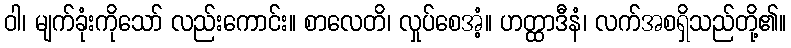
ဝါ၊ မျက်ခုံးကိုသော် လည်းကောင်း။ စာလေတိ၊ လှုပ်စေအံ့။ ဟတ္ထာဒီနံ၊ လက်အစရှိသည်တို့၏။